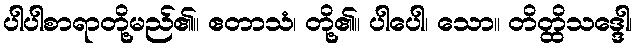
ပါပါစာရာတို့မည်၏။ ဧတာသံ၊ တို့၏။ ပါပေါ၊ သော။ တိတ္ထိသဒ္ဒေါ၊